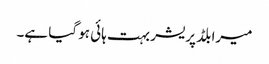
میرا بلڈ پریشر بہت ہائی ہو گیا ہے۔